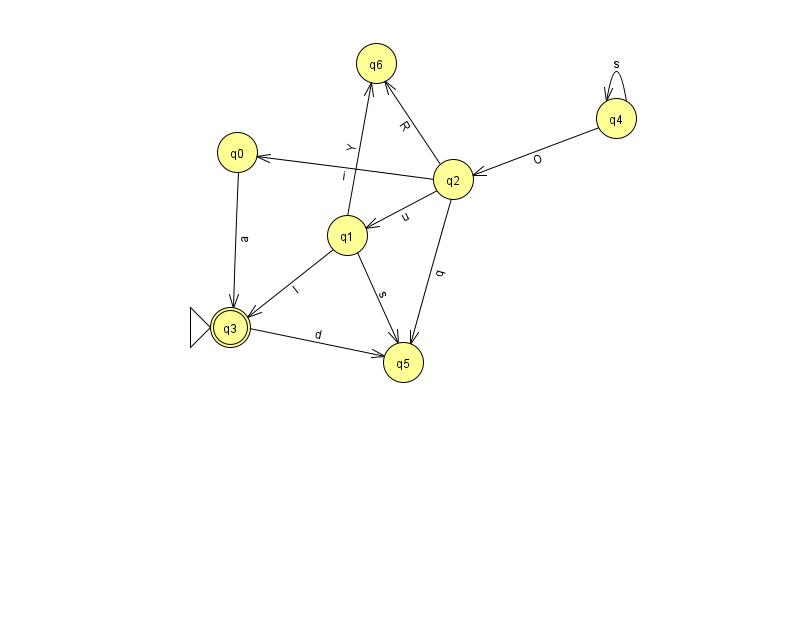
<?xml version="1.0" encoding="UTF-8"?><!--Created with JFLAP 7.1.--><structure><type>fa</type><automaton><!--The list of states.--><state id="0" name="q0"><x>237.0</x><y>139.0</y></state><state id="1" name="q1"><x>347.0</x><y>222.0</y></state><state id="2" name="q2"><x>453.0</x><y>166.0</y></state><state id="3" name="q3"><x>230.0</x><y>314.0</y><initial/><final/></state><state id="4" name="q4"><x>616.0</x><y>105.0</y></state><state id="5" name="q5"><x>403.0</x><y>349.0</y></state><state id="6" name="q6"><x>376.0</x><y>50.0</y></state><!--The list of transitions.--><transition><from>1</from><to>3</to><read>I</read></transition><transition><from>3</from><to>5</to><read>d</read></transition><transition><from>4</from><to>2</to><read>O</read></transition><transition><from>4</from><to>4</to><read>s</read></transition><transition><from>0</from><to>3</to><read>a</read></transition><transition><from>2</from><to>5</to><read>q</read></transition><transition><from>1</from><to>6</to><read>Y</read></transition><transition><from>2</from><to>6</to><read>R</read></transition><transition><from>2</from><to>1</to><read>u</read></transition><transition><from>1</from><to>5</to><read>s</read></transition><transition><from>2</from><to>0</to><read>i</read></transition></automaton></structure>